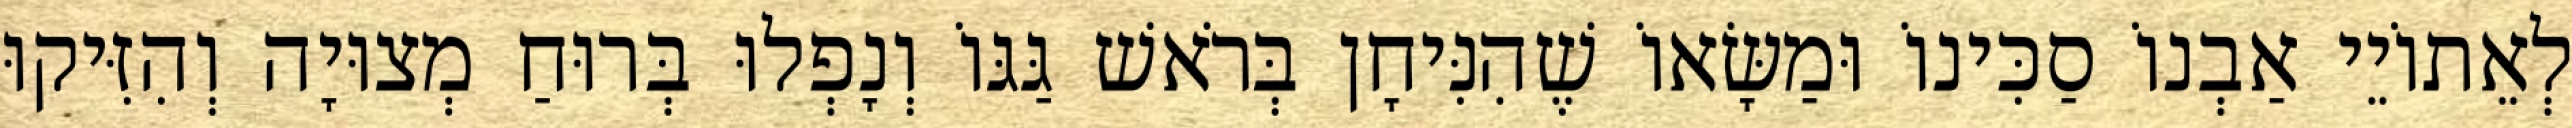
לְאֵתוֹיֵי אַבְנוֹ סַכִּינוֹ וּמַשָּׂאוֹ שֶׁהִנִּיחָן בְּרֹאשׁ גַּגּוֹ וְנָפְלוּ בְּרוּחַ מְצוּיָה וְהִזִּיקוּ